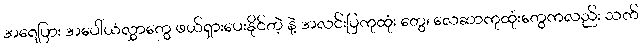
အရေပြား အပေါ်ယံလွှာတွေ ဖယ်ရှားပေးနိုင်တဲ့ နဲ့ အလင်းပြကုထုံး တွေ၊ လေဆာကုထုံးတွေကလည်း သက်